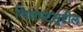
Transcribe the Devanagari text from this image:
चित्रपटसृष्टील